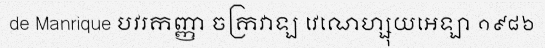
de Manrique បវរកញ្ញា ចក្រវាឡ វេណេហ្សុយអេឡា ១៩៨៦